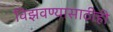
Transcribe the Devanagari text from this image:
विझवण्यासाठीही